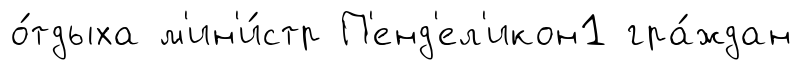
о́тдыха м'ин'и́стр П'енд'ел'икон1 гра́ждан